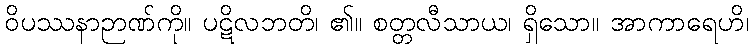
ဝိပဿနာဉာဏ်ကို။ ပဋိလဘတိ၊ ၏။ စတ္တလီသာယ၊ ရှိသော။ အာကာရေဟိ၊